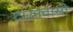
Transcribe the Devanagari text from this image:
टाउनवासी